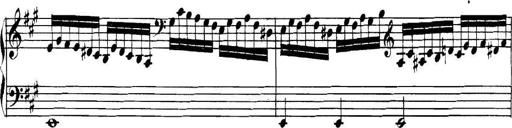
Title: Collected Piano Sonatas
Composer: Muzio Clementi